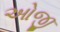
ઓજી